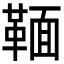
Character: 𩋠